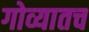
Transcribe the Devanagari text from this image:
गोव्यातच